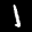
Label: 1